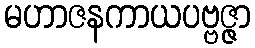
မဟာဇနကာယပဗ္ဗဇ္ဇာ